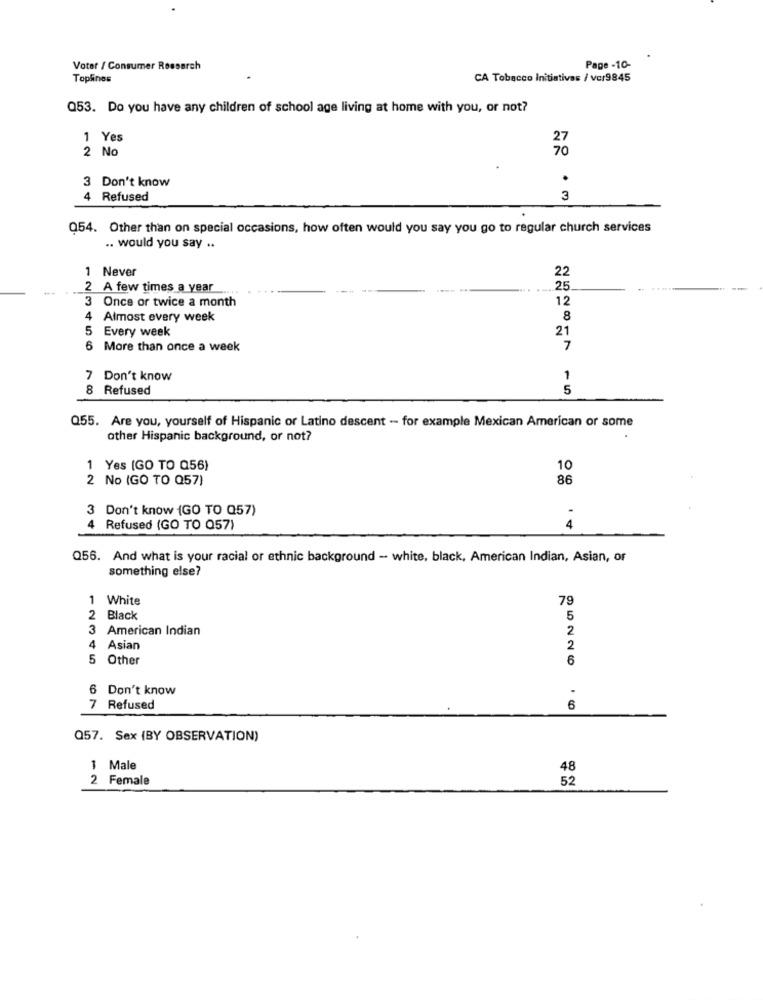
Voter / Consumer Research
Page -10-
Toplines
CA Tobacco Initiatives / vcr9845
Q53. Do you have any children of school age living at home with you, or not?
1 Yes
27
2 No
70
3 Don't know
.
4 Refused
3
054. Other than on special occasions, how often would you say you go to regular church services
.. would you say ..
1 Never
22
2 A few times a year
25
3 Once or twice a month
12
4
Almost every week
8
5
Every week
21
6 More than once a week
7
7 Don't know
1
8 Refused
5
Q55. Are you, yourself of Hispanic or Latino descent - for example Mexican American or some
other Hispanic background, or not?
1 Yes (GO TO Q56)
10
2 No (GO TO Q57)
86
3 Don't know (GO TO Q57)
4
Refused (GO TO Q57)
4
Q56. And what is your racial or ethnic background - white, black, American Indian, Asian, of
something else?
1 White
79
2 Black
5
3 American Indian
2
4 Asian
2
5 Other
6
6 Don't know
7 Refused
6
Q57. Sex (BY OBSERVATION)
1 Male
48
2 Female
52